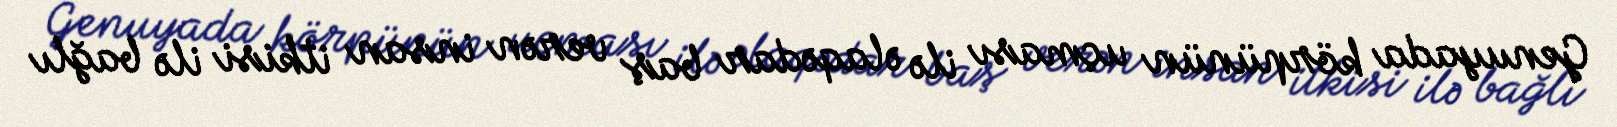
Genuyada körpünün uçması ilə əlaqədar baş verən insan itkisi ilə bağlı